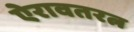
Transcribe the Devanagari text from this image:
ऐरावतरत्न